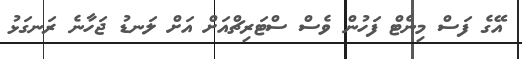
އޭގެ ފަސް މިނެޓް ފަހުން ވެސް ސްޓަރިޗްއަށް އަށް ލަނޑު ޖަހާނެ ރަނގަޅު